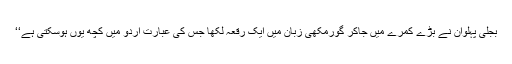
بجلی پہلوان نے بڑے کمرے میں جاکر گورمکھی زُبان میں ایک رقعہ لکھا جس کی عبارت اُردو میں کچھ یوں ہوسکتی ہے‘‘